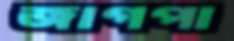
জাগপা